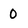
Character: 0